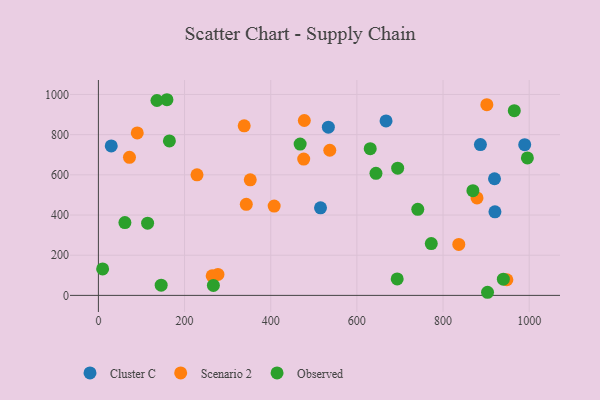
{"axis": {"x": "Price", "y": "Demand"}, "legend": ["Cluster C", "Observed", "Scenario 2"], "data": [{"x": "29.8", "y": 743.9, "type": "Cluster C"}, {"x": "515.6", "y": 435.7, "type": "Cluster C"}, {"x": "667.7", "y": 868.4, "type": "Cluster C"}, {"x": "919.5", "y": 580.6, "type": "Cluster C"}, {"x": "920.5", "y": 415.7, "type": "Cluster C"}, {"x": "886.8", "y": 750.6, "type": "Cluster C"}, {"x": "989.6", "y": 750.0, "type": "Cluster C"}, {"x": "533.8", "y": 837.4, "type": "Cluster C"}, {"x": "948.2", "y": 77.8, "type": "Scenario 2"}, {"x": "277.5", "y": 104.2, "type": "Scenario 2"}, {"x": "901.7", "y": 949.4, "type": "Scenario 2"}, {"x": "264.1", "y": 97.2, "type": "Scenario 2"}, {"x": "836.6", "y": 253.6, "type": "Scenario 2"}, {"x": "476.6", "y": 678.3, "type": "Scenario 2"}, {"x": "338.4", "y": 843.9, "type": "Scenario 2"}, {"x": "878.9", "y": 485.0, "type": "Scenario 2"}, {"x": "228.9", "y": 600.1, "type": "Scenario 2"}, {"x": "72.1", "y": 687.2, "type": "Scenario 2"}, {"x": "90.2", "y": 808.7, "type": "Scenario 2"}, {"x": "352.5", "y": 575.4, "type": "Scenario 2"}, {"x": "343.3", "y": 453.3, "type": "Scenario 2"}, {"x": "408.0", "y": 444.7, "type": "Scenario 2"}, {"x": "537.1", "y": 722.5, "type": "Scenario 2"}, {"x": "478.0", "y": 870.5, "type": "Scenario 2"}, {"x": "644.3", "y": 607.7, "type": "Observed"}, {"x": "694.7", "y": 633.2, "type": "Observed"}, {"x": "145.7", "y": 50.6, "type": "Observed"}, {"x": "135.9", "y": 970.0, "type": "Observed"}, {"x": "164.8", "y": 768.9, "type": "Observed"}, {"x": "693.6", "y": 81.8, "type": "Observed"}, {"x": "266.9", "y": 49.5, "type": "Observed"}, {"x": "468.3", "y": 753.0, "type": "Observed"}, {"x": "965.4", "y": 919.5, "type": "Observed"}, {"x": "869.4", "y": 521.3, "type": "Observed"}, {"x": "741.4", "y": 428.5, "type": "Observed"}, {"x": "903.3", "y": 15.5, "type": "Observed"}, {"x": "940.0", "y": 80.8, "type": "Observed"}, {"x": "61.5", "y": 362.5, "type": "Observed"}, {"x": "9.8", "y": 131.8, "type": "Observed"}, {"x": "159.1", "y": 973.9, "type": "Observed"}, {"x": "631.0", "y": 730.3, "type": "Observed"}, {"x": "772.7", "y": 257.7, "type": "Observed"}, {"x": "114.2", "y": 359.2, "type": "Observed"}, {"x": "995.8", "y": 684.2, "type": "Observed"}]}